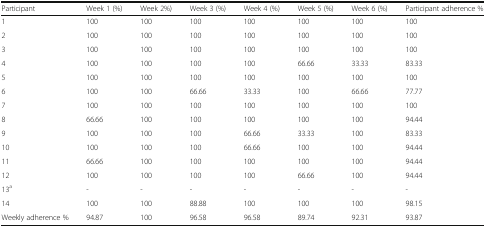
| Participant | Week 1 (%) | Week 2%) | Week 3 (%) | Week 4 (%) | Week 5 (%) | Week 6 (%) | Participant adherence % |
 | --- | --- | --- | --- | --- | --- | --- | --- |
 | 1 | 100 | 100 | 100 | 100 | 100 | 100 | 100 |
 | 2 | 100 | 100 | 100 | 100 | 100 | 100 | 100 |
 | 3 | 100 | 100 | 100 | 100 | 100 | 100 | 100 |
 | 4 | 100 | 100 | 100 | 100 | 66.66 | 33.33 | 83.33 |
 | 5 | 100 | 100 | 100 | 100 | 100 | 100 | 100 |
 | 6 | 100 | 100 | 66.66 | 33.33 | 100 | 66.66 | 77.77 |
 | 7 | 100 | 100 | 100 | 100 | 100 | 100 | 100 |
 | 8 | 66.66 | 100 | 100 | 100 | 100 | 100 | 94.44 |
 | 9 | 100 | 100 | 100 | 66.66 | 33.33 | 100 | 83.33 |
 | 10 | 100 | 100 | 100 | 66.66 | 100 | 100 | 94.44 |
 | 11 | 66.66 | 100 | 100 | 100 | 100 | 100 | 94.44 |
 | 12 | 100 | 100 | 100 | 100 | 66.66 | 100 | 94.44 |
 | 13a | - | - | - | - | - | - | - |
 | 14 | 100 | 100 | 88.88 | 100 | 100 | 100 | 98.15 |
 | Weekly adherence % | 94.87 | 100 | 96.58 | 96.58 | 89.74 | 92.31 | 93.87 |